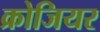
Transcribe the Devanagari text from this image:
क्रोजियर